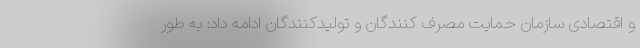
و اقتصادی سازمان حمایت مصرف کنندگان و تولیدکنندگان ادامه داد: به طور